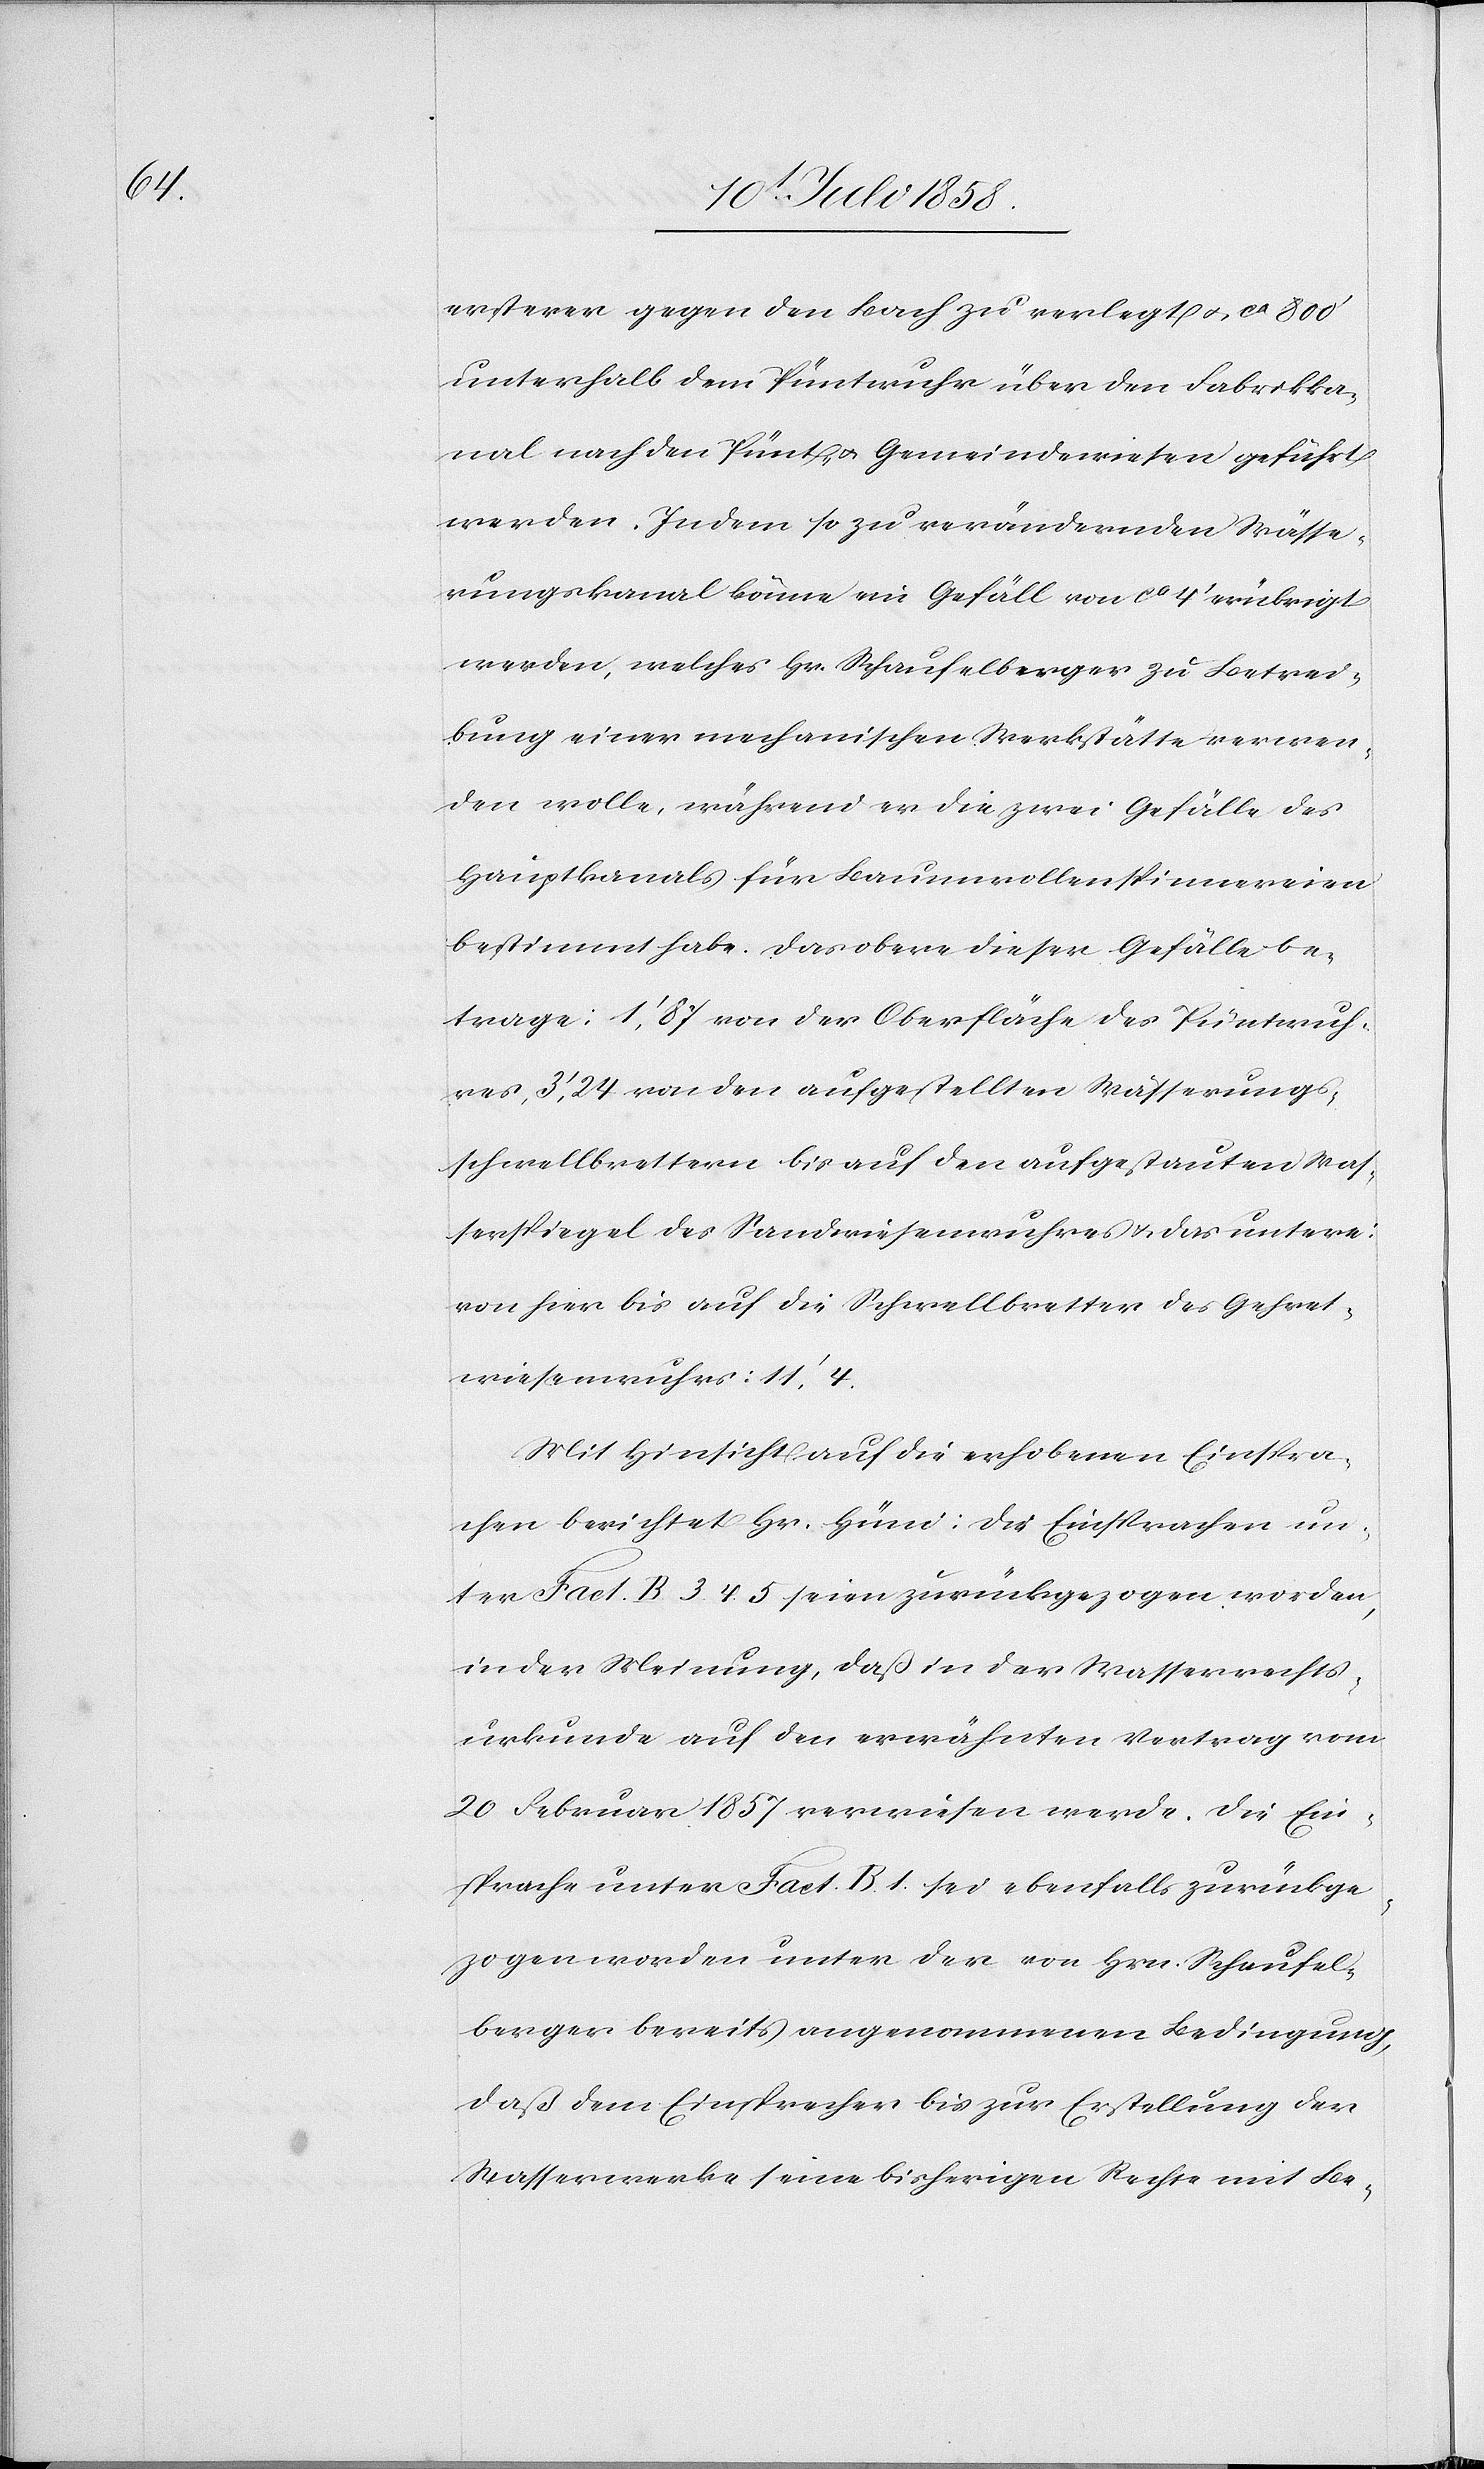
ersterer gegen den Bach zu verlegt & ca 800‘
unterhalb dem Püntwuhr über den Fabrikka¬
nal nach den Pünt- & Gemeindewiesen geführt
werden. In dem so zu verändernden Wässe¬
rungskanal könne ein Gefäll von ca 4‘ erübrigt
werden, welches Hr. Schaufelberger zu Betrei¬
bung einer mechanischen Werkstätte verwen¬
den wolle, während er die zwei Gefälle des
Hauptkanals für Baumwollenspinnereien
bestimmt habe. Das obere dieser Gefälle be¬
trage: 1‘,87 von der Oberfläche des Püntwuh¬
res, 3‘,24 von den aufgestellten Wässerungs¬
schwellbrettern bis auf den aufgestauten Was¬
serspiegel des Sandwiesenwuhres & das untere:
von hier bis auf die Schwellbretter des Gehret¬
wiesenwuhrs: 11‘,4.
Mit Hinsicht auf die erhobenen Einspra¬
chen berichtet Hr. Hüni: Die Einsprachen un¬
ter Fact. B. 3. 4. 5 seien zurückgezogen worden,
in der Meinung, daß in der Wasserrechts¬
urkunde auf den erwähnten Vertrag vom
20 Februar 1857 verwiesen werde. Die Ein¬
sprache unter Fact. B. 1. sei ebenfalls zurückge¬
zogen worden unter der von Hrn. Schaufel¬
berger bereits angenommenen Bedingung,
daß dem Einsprecher bis zur Erstellung der
Wasserwerke seine bisherigen Rechte mit Be-